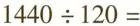
$$1 4 4 0 \div 1 2 0 =$$